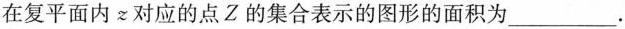
在复平面内z对应的点Z的集合表示的图形的面积为___.